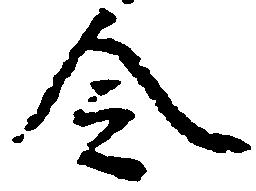
令